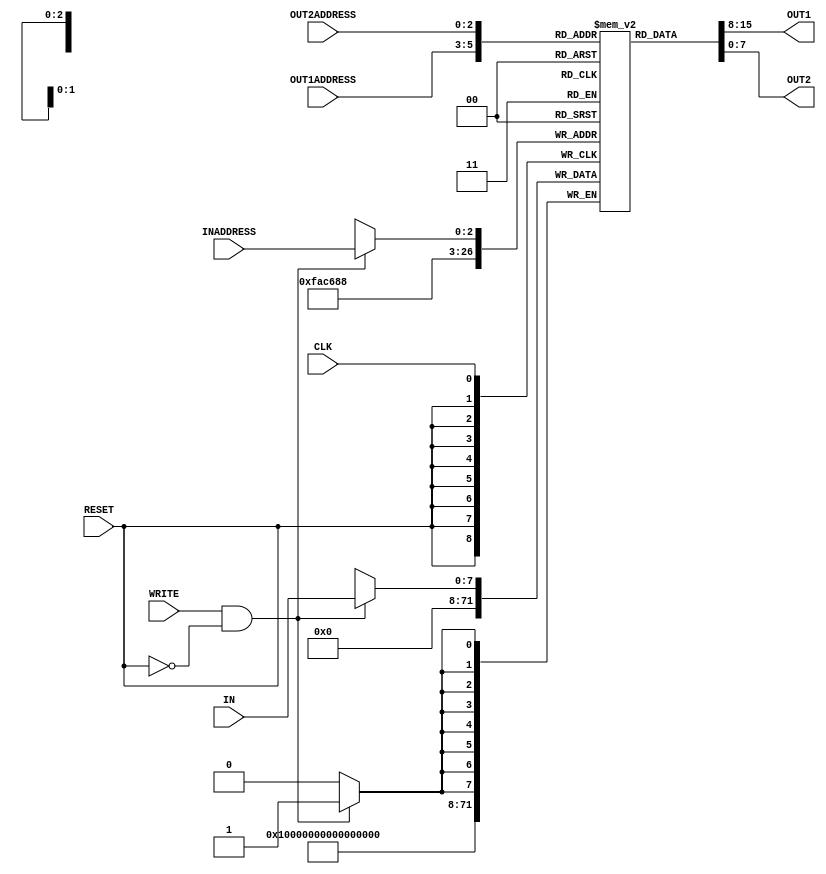
/* Computer Architecture Lab 05 Part II
 * Design: Register File
 */
`timescale 1ns/100ps

 module reg_file(IN, OUT1, OUT2, INADDRESS, OUT1ADDRESS, OUT2ADDRESS, WRITE, CLK, RESET);
 	//Defining ports
 	input [2:0] OUT2ADDRESS, OUT1ADDRESS, INADDRESS;
	input [7:0] IN;
	input CLK, WRITE, RESET;
	output [7:0] OUT1, OUT2;

	reg [7:0] OUT1, OUT2;
	reg [7:0] register_array [0:7];
	reg [3:0] i;//increment

	//Set output 1
	always @ (OUT1ADDRESS, register_array[OUT1ADDRESS])
	begin
		case(RESET)
			1'b1:
				//Delaying time = resetting time + reading time =4
				#4
				OUT1 = register_array[OUT1ADDRESS];
			1'b0:
				//Only reading time delaying
				#2
				OUT1 = register_array[OUT1ADDRESS];
		endcase
		
	end
	//Set output2
	always @ (OUT2ADDRESS, register_array[OUT2ADDRESS])
	begin
		case(RESET)
			1'b1:
				//Delaying time = resetting time + reading time =4
				#4
				OUT2 = register_array[OUT2ADDRESS];
			1'b0:
				//Only reading time delaying
				#2
				OUT2 = register_array[OUT2ADDRESS];
		endcase
	end

	//Resetting
	always @ (posedge RESET)
	begin
		//2 units time delaying
		#2
		//set all values to zero
		for(i=0;i<8;i=i+1)
		begin
			register_array[i] = 8'b00000000;
		end
	end

	//Writing values
	always @ (posedge CLK)
	begin
		if(WRITE && (~RESET )) 
		begin
			//Time delaying of 2 when writing
			#1
			//Writing in register file
			register_array[INADDRESS] = IN;
		end
	end
 endmodule